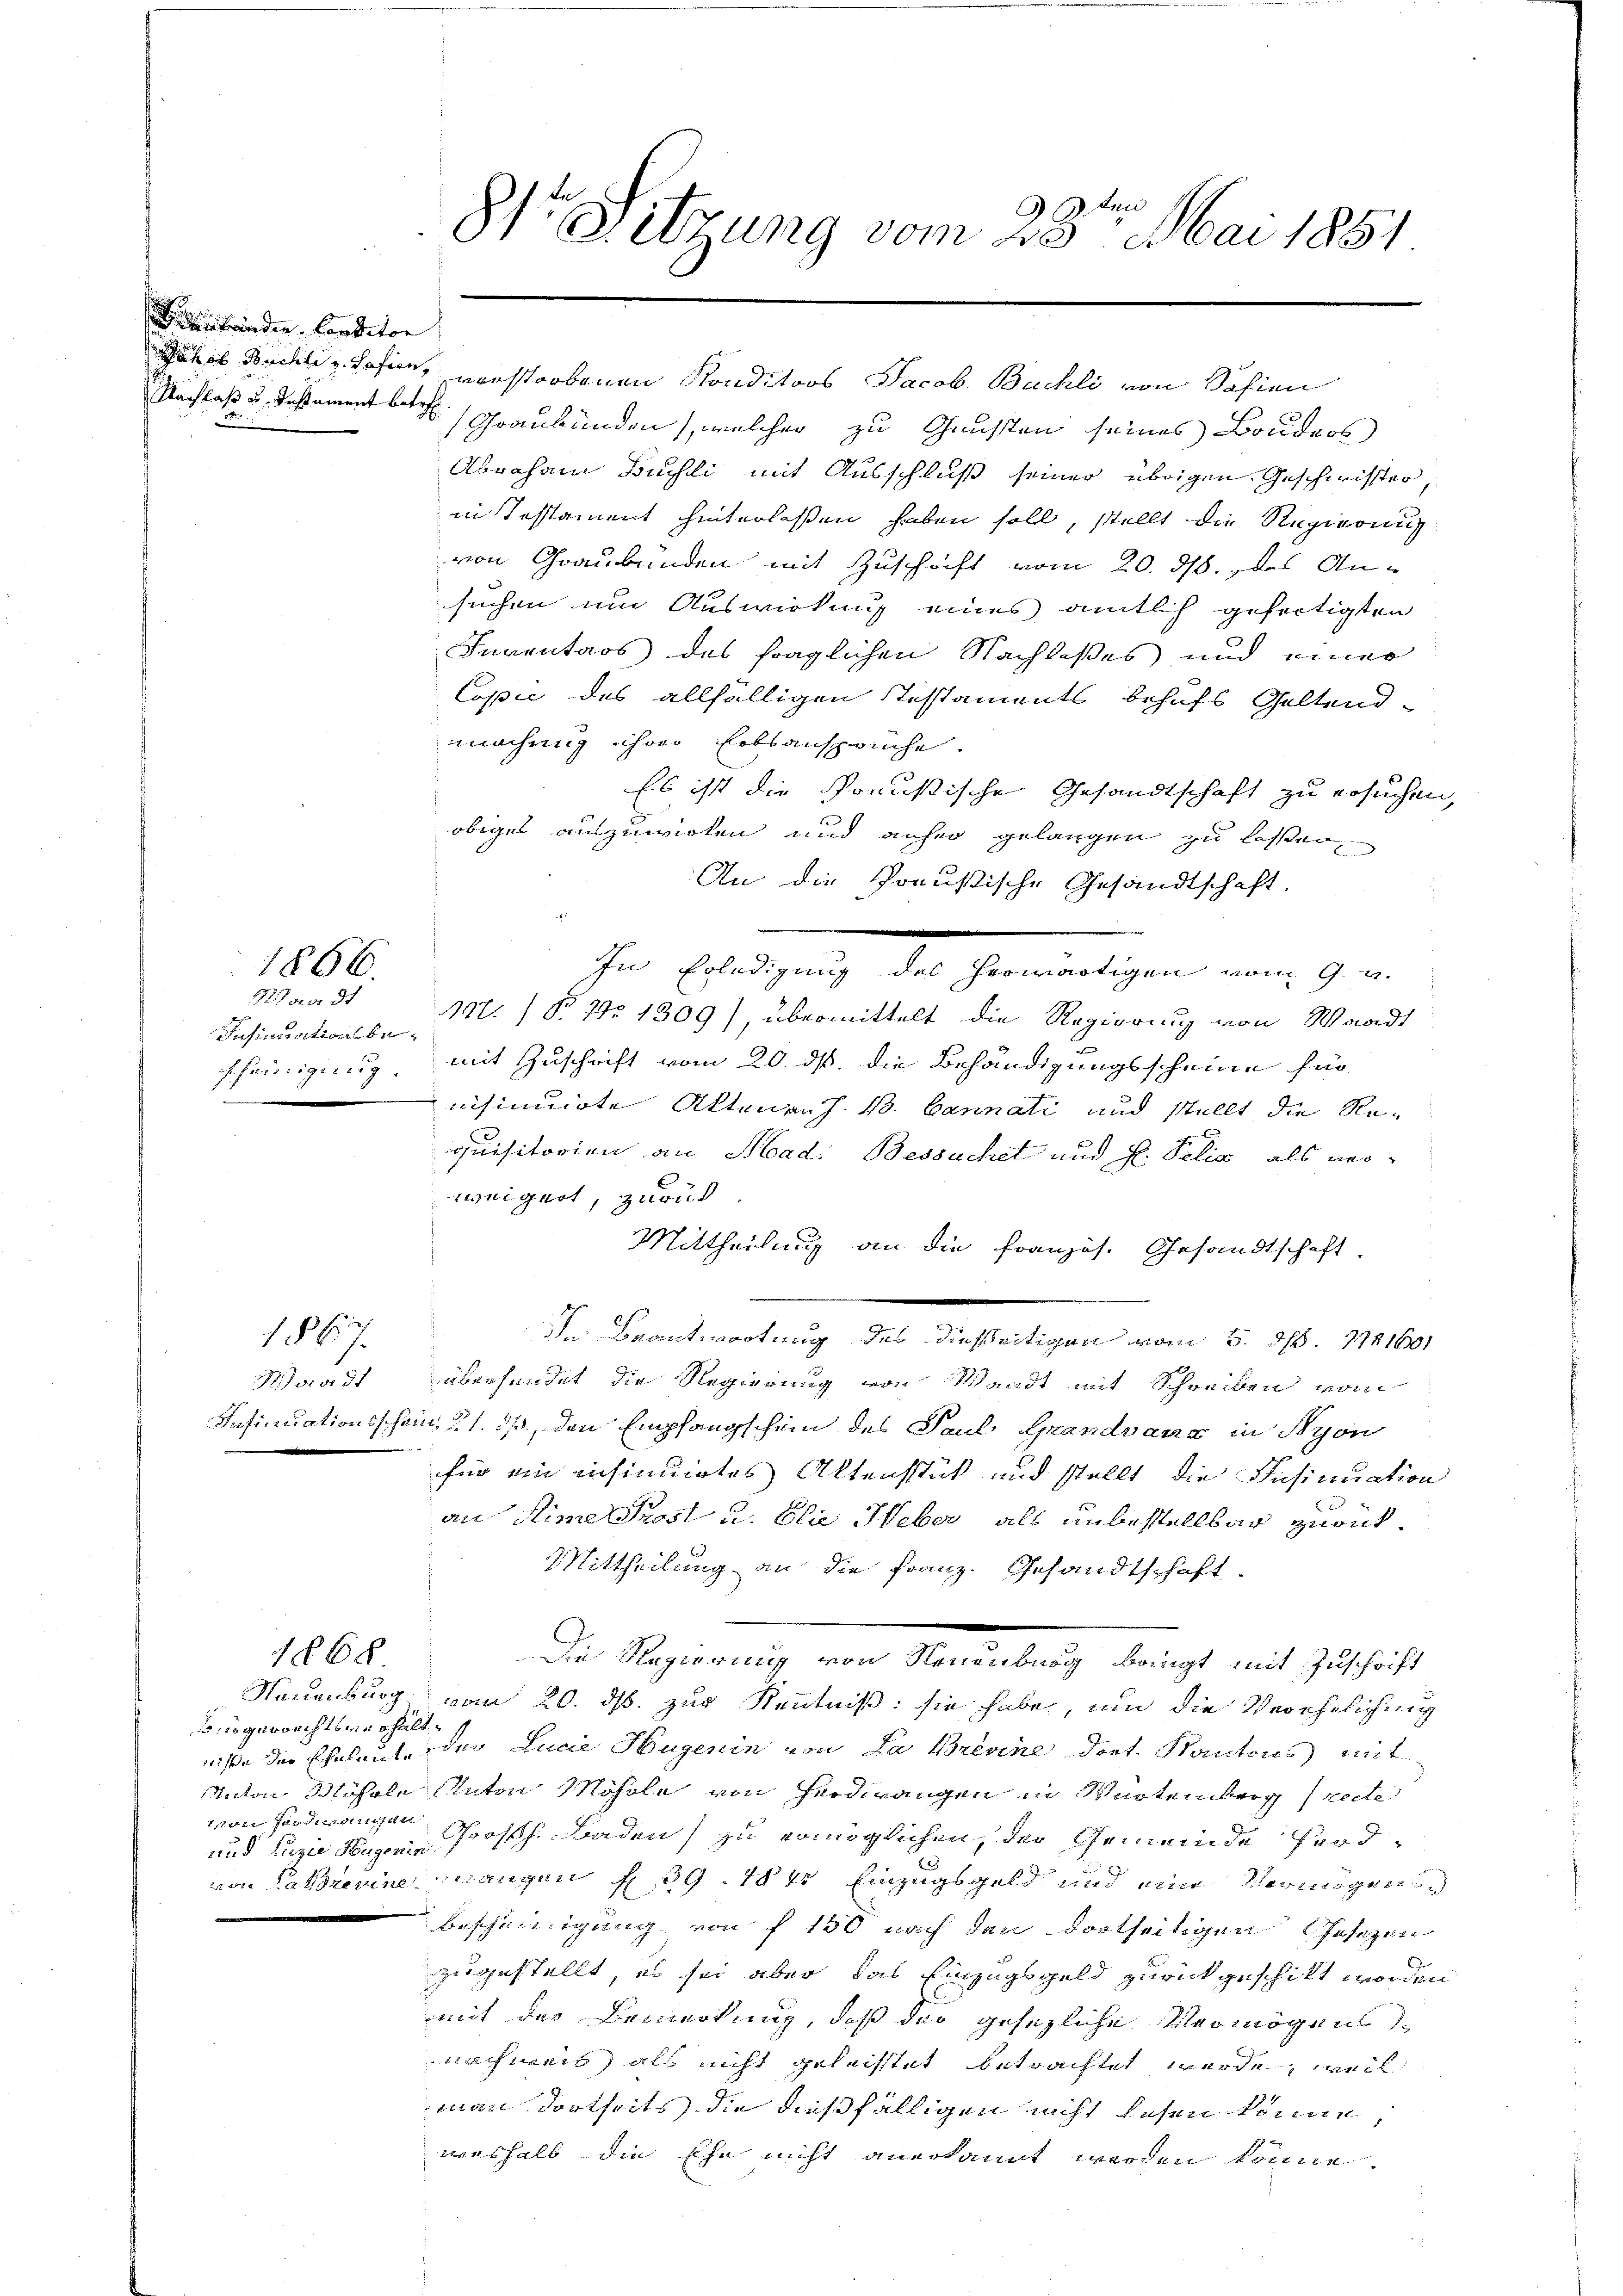
librinden Conditor

Rivier d
Insinuationsbeffeinigung.
175

1866.

1867.

Rotar 31
Insinuationsschei¬

1268

iogerrechtsverhältn sein angen
und Luzia Hugerin

zie
Sitzung vom 23. Mai 1851

Nachlaß u. Testament betr. Graubünden, welcher zu Gunsten seines Bruders
Abraham Buchli mit Ausschluß seiner übrigen Geschwister
in Testament hinterlassen haben soll, stellt die Regierung
von Graubünden mit Zuschrift vom 20. ds. des Ansuchen um Auswirkung eines amtlich gefertigten
Inventars des fraglichen Nachlasses und einer
Copie des allfälligen Testaments behufs Geltendmachung ihrer Erbsansprüche.
Es ist die Ponustische Gesandtschaft zu ersuchen,
obiger auszuwirken und anher gelangen zu lassen,
An die Preußische Gesandtschaft.
chen Erledigung des Gemeinstigen wir den
M. /o No 1309), übermittelt die Regierung von Waadt
mit Zuschrift vom 20. ds. die Behändigungsscheine für
eisinirte Aktenans. B. Bannati und stellt die Requisitorien an Abad: Bessuchet und H. Pelia, als meo-
weigert, zurück
Mittheilung an die französ. Gesandtschaft
In Beantwortung des dießseitigen vom 5. d. 1121601
übersendet die Regierung von Waadt mit Schreiben vom
m 21. ds, den Empfangschein des Paul Grandvanz in Nyon
für ein insinuirtes Aktenstück und stellt, die Insinuation
an Sime Prost u. Eli Heber, als unbestellbar zurück¬
Mittheilung an die Franz. Gesandtschaft
Die Regierung von Neuenburg bringt mit Zuschrift
Neuenburg vom 20. ds. zur Kenntniß: sie habe, um die Verehelichung
ste der Eheleute der Lucia Hugenin von La Brevine Doct. Kantons mit
Anton Mühle Anton Mohrle von Herdrangen in Würtemberg recte
Prosth. Baden) zu ermöglichen, der Gemeinde Ferdvon Kathreuine angen f. 39. 184 Einzugsgeld und eine Vermögens
bescheinigung von f 150 nach den dortseitigen Gesetzen
zugestellt, es sei aber das Einzugsgeld zurückgeschikt worden
mit des Bemerkung, daß der gesezliche Vermögensnachweis als nicht gelastet betrachtet werde, weil
man dortheits die dießfälligen nicht lesen könne,
weshalb die Ehe nicht anerkannt werden könne.

Jakob Duchli v. Safien, verstorbenen Konditors Jacob. Buchli von Safien